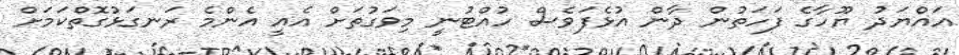
އައްޔަދު ޔޫހާގެ ފަހަތުން ދާން އުޅެފަވެސް ހުއްޓުނީ މިވަގުތަށް އެއީ އެންމެ ރަނގަޅުގޮތްކަމަށް